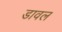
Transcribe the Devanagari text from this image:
डावल